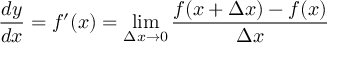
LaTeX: { \frac { d y } { d x } } = f ^ { \prime } ( x ) = \operatorname* { l i m } _ { \Delta x \to 0 } { \frac { f ( x + \Delta x ) - f ( x ) } { \Delta x } }